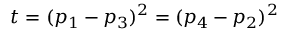
t = ( p _ { 1 } - p _ { 3 } ) ^ { 2 } = ( p _ { 4 } - p _ { 2 } ) ^ { 2 }